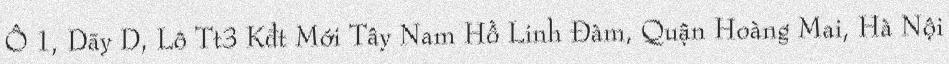
Ô 1, Dãy D, Lô Tt3 Kđt Mới Tây Nam Hồ Linh Đàm, Quận Hoàng Mai, Hà Nội